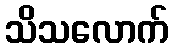
သိသလောက်